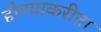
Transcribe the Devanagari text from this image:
होण्याकरीता